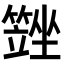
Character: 𡓆